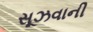
સૂઝવાની